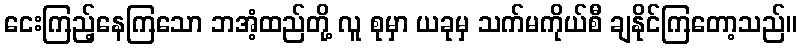
ငေးကြည့်နေကြသော ဘအံ့ထည်တို့ လူ စုမှာ ယခုမှ သက်မကိုယ်စီ ချနိုင်ကြတော့သည်။